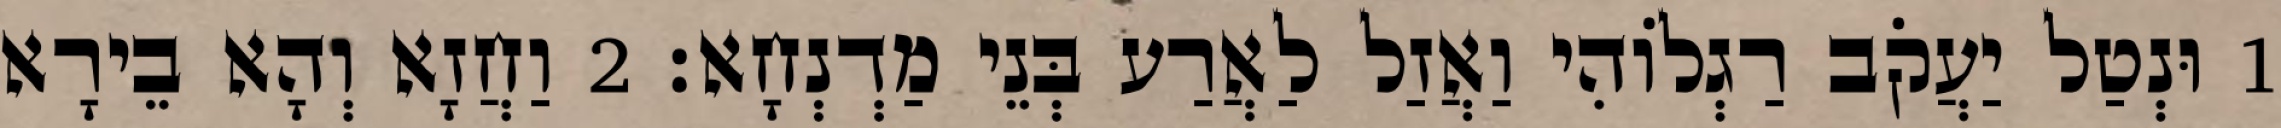
1 וּנְטַל יַעֲקֹב רַגְלוֹהִי וַאֲזַל לַאֲרַע בְּנֵי מַדְנְחָא׃ 2 וַחֲזָא וְהָא בֵירָא